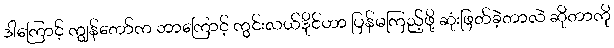
ဒါကြောင့် ကျွန်တော်က ဘာကြောင့် ကွင်းလယ်ဒိုင်ဟာ ပြန်မကြည့်ဖို့ ဆုံးဖြတ်ခဲ့တာလဲ ဆိုတာကို